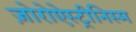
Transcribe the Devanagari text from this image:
ज़ोरोऐस्ट्रीनिस्म